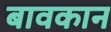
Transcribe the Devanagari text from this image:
बावकान